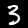
Label: 3